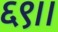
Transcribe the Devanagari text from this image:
६९।।